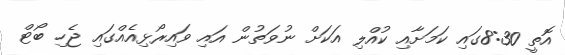
އޮތީ 8:30ގައި ކަމަށާއި ކުއްލި އަކަށް ނުވަތުން އައި ވައިރޯޅިއެއްގައި ޖެހި ބޯޓް